Lunatic asylums in Bengal annual reports 1899-1911 - 1899-1911
Year: 1899
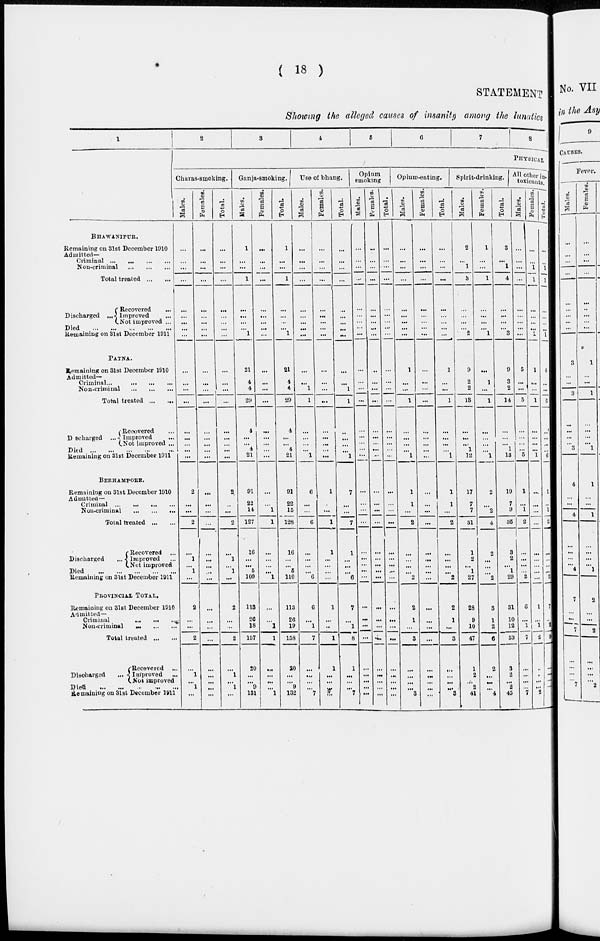
( 18 )
STATEMENT
Showing the alleged causes of insanity among the lunatics
1
BHAWANIPUR.
Remaining on 31st December 1910
Admitted—
Criminal
...
...
...
...
Non-criminal
...
...
...
Total treated ... ...
Discharged
...
Recovered ...
Improved ...
Not improved ...
Died
...
...
...
...
...
Remaining on 31st December 1911
PATNA.
Remaining on 31st December 1910
Admitted—
Criminal
...
...
...
...
Non-criminal ... ... ...
Total treated ... ...
Discharged
...
Recovered ...
Improved ...
Not improved ...
Died
...
...
...
...
...
Remaining on 31st December 1911
BERHAMPORE.
Remaining on 31st December 1910
Admitted—
Criminal
...
...
...
...
Non-criminal
...
...
...
Total treated ... ...
Discharged ...
Recovered ...
Improved ...
Not improved
Died
...
...
...
...
...
Remaining on 31st December 1911
PROVINCIAL TOTAL.
Remaining on 31st December 1910
Admitted—
Criminal
...
...
...
Non-criminal
...
...
...
Total treated ... ...
Discharged
Recovered ...
Improved ...
Not improved
Died
...
...
...
...
...
Remaining on 31st December 1911
2
3
4
5
6
7
8
PHYSICAL
Charas-smoking.
Males.
...
...
...
...
...
...
...
...
...
...
...
...
...
...
...
...
...
...
2
...
...
2
...
1
...
1
...
2
...
...
2
...
1
... 1
...
Females.
...
...
...
...
...
...
...
...
...
...
...
...
...
...
...
...
...
...
...
...
...
...
...
...
...
...
...
...
...
...
...
...
...
...
... ...
Total.
...
...
...
...
...
...
...
...
...
...
...
...
...
...
...
...
...
...
2
..
...
2
...
1
...
1
...
2
...
...
2
...
1
... 1
...
Ganja-smoking.
Males.
1
...
...
1
...
...
...
...
1
21
4
4
29
4
...
...
4
21
91
22
14
127
16
...
...
5
109
113
26
18
157
20
...
...
9
131
Females.
...
...
...
...
...
...
...
...
...
...
...
...
...
...
...
...
...
...
...
...
1
1
...
...
...
...
1
...
...
1
1
...
...
...
... 1
Total.
1
...
...
1
...
...
...
...
1
21
4
4
29
4
...
...
4
21
91
22
15
128
16
...
...
5
110
113
20
19
158
20
...
... 9
132
Use of bhang.
Males.
...
...
...
...
...
...
...
...
...
...
...
1
1
...
...
...
...
1
6
...
...
6
...
...
...
...
6
6
...
1
7
...
...
...
... 7
Females.
...
...
...
...
...
...
...
...
...
...
...
...
...
...
...
...
...
...
1
...
...
1
1
...
...
...
...
1
...
...
1
1
...
...
...
...
Total.
...
...
...
...
...
...
...
...
...
...
...
1
1
...
...
...
...
1
7
...
...
7
1
...
...
...
6
7
...
1
8
1
...
...
... 7
Opium
smoking.
Males.
...
...
...
...
...
...
...
...
...
...
...
...
...
...
...
...
...
...
...
...
...
...
...
...
...
...
...
...
...
...
...
...
...
...
...
...
Females.
...
...
...
...
...
...
...
...
...
...
...
...
...
...
...
...
...
...
...
...
...
...
...
...
...
...
...
...
...
...
...
...
...
...
...
...
Total.
...
...
...
...
...
...
...
...
...
...
...
...
...
...
...
...
...
...
...
...
...
...
...
...
...
...
...
...
...
...
...
...
...
... ...
...
Opium-eating.
Males.
...
...
...
...
...
...
...
...
...
1
...
...
1
...
...
...
...
1
1
1
...
2
...
...
...
...
2
2
1
...
3
...
...
...
... 3
Females.
...
...
...
...
...
...
...
...
...
...
...
...
...
...
...
...
...
...
...
...
...
...
...
...
...
...
...
...
...
...
...
...
...
...
...
...
Total.
...
...
...
...
...
...
...
...
...
1
...
...
1
...
...
...
...
1
1
1
...
2
...
...
...
...
2
2
1
...
3
...
...
...
... 3
spirit-drinking.
Males.
2
...
1
3
...
...
...
...
2
9
2
2
13
...
...
...
1
12
17
7
7
31
1
2
...
1
27
28
9
10
47
1
2
... 2
41
Females.
1
...
...
1
...
...
...
...
1
...
1
...
1
...
...
...
...
1
2
...
2
4
2
...
...
...
2
3
1
2
...
2
...
...
... 4
Total.
3
...
1
4
...
...
...
...
3
9
3
2
14
...
...
...
1
13
19
7
9
35
3
2
...
1
29
31
10
12
53
3
2
... 2
45
All other in
toxicants.
Males.
...
...
...
...
...
...
...
...
...
5
...
...
5
...
...
...
...
5
1
...
1
2
...
...
...
...
2
6
...
1
7
...
...
...
...
7
Females.
...
...
1
1
...
...
...
...
1
1
...
...
1
...
...
...
...
1
...
...
...
...
...
...
...
...
...
1
...
1
2
...
...
...
...
2
Total.
...
...
1
1
...
...
...
...
1
6
...
...
6
...
...
...
...
6
1
...
1
2
...
...
...
...
2
7
...
2
9
...
...
...
...